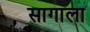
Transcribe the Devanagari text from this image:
सागाला